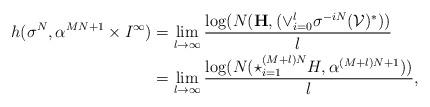
LaTeX: \begin{align*}h(\sigma^{N}, \alpha^{MN+1} \times I^{\infty}) &= \lim_{l \to \infty} \frac{\log(N(\mathbf{H},(\vee_{i=0}^{l} \sigma^{-iN}(\mathcal{V})^{*}))}{l} \\& = \lim_{l \to \infty} \frac{\log(N(\star_{i=1}^{(M+l)N}H,\alpha^{(M+l)N+1}))}{l},\end{align*}